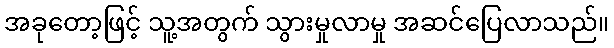
အခုတော့ဖြင့် သူ့အတွက် သွားမှုလာမှု အဆင်ပြေလာသည်။